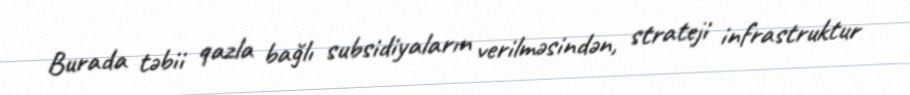
Burada təbii qazla bağlı subsidiyaların verilməsindən, strateji infrastruktur